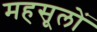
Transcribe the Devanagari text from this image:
महसूलों